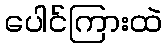
ပေါင်ကြားထဲ